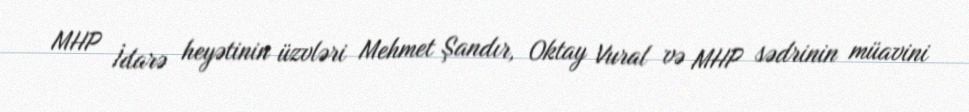
MHP İdarə heyətinin üzvləri Mehmet Şandır, Oktay Vural və MHP sədrinin müavini